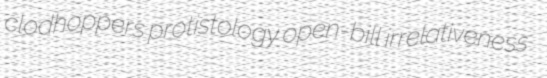
clodhoppers protistology open-bill irrelativeness